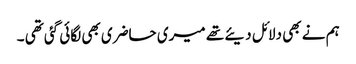
ہم نے بھی دلائل دیئے تھے میری حاضری بھی لگائی گئی تھی ۔